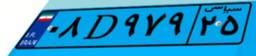
۰۸D۹۷۹۲۵